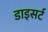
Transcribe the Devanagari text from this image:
डाइसर्ट